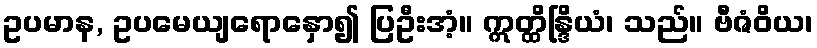
ဥပမာန, ဥပမေယျရောနှော၍ ပြဦးအံ့။ ဣတ္ထိန္ဒြိယံ၊ သည်။ ဗီဇံဝိယ၊